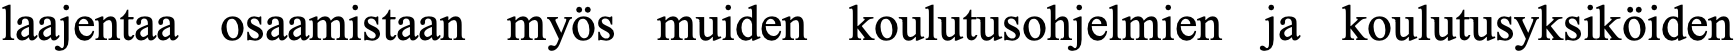
laajentaa osaamistaan myös muiden koulutusohjelmien ja koulutusyksiköiden